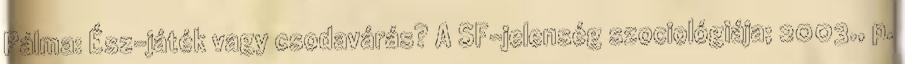
Pálma: Ész-játék vagy csodavárás? A SF-jelenség szociológiája; 2003., p.